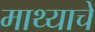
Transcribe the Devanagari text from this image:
माथ्याचे